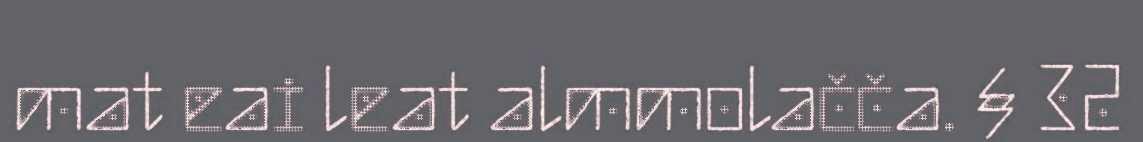
mat eai leat almmolačča. § 32